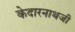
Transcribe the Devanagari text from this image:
केदारनाथजी